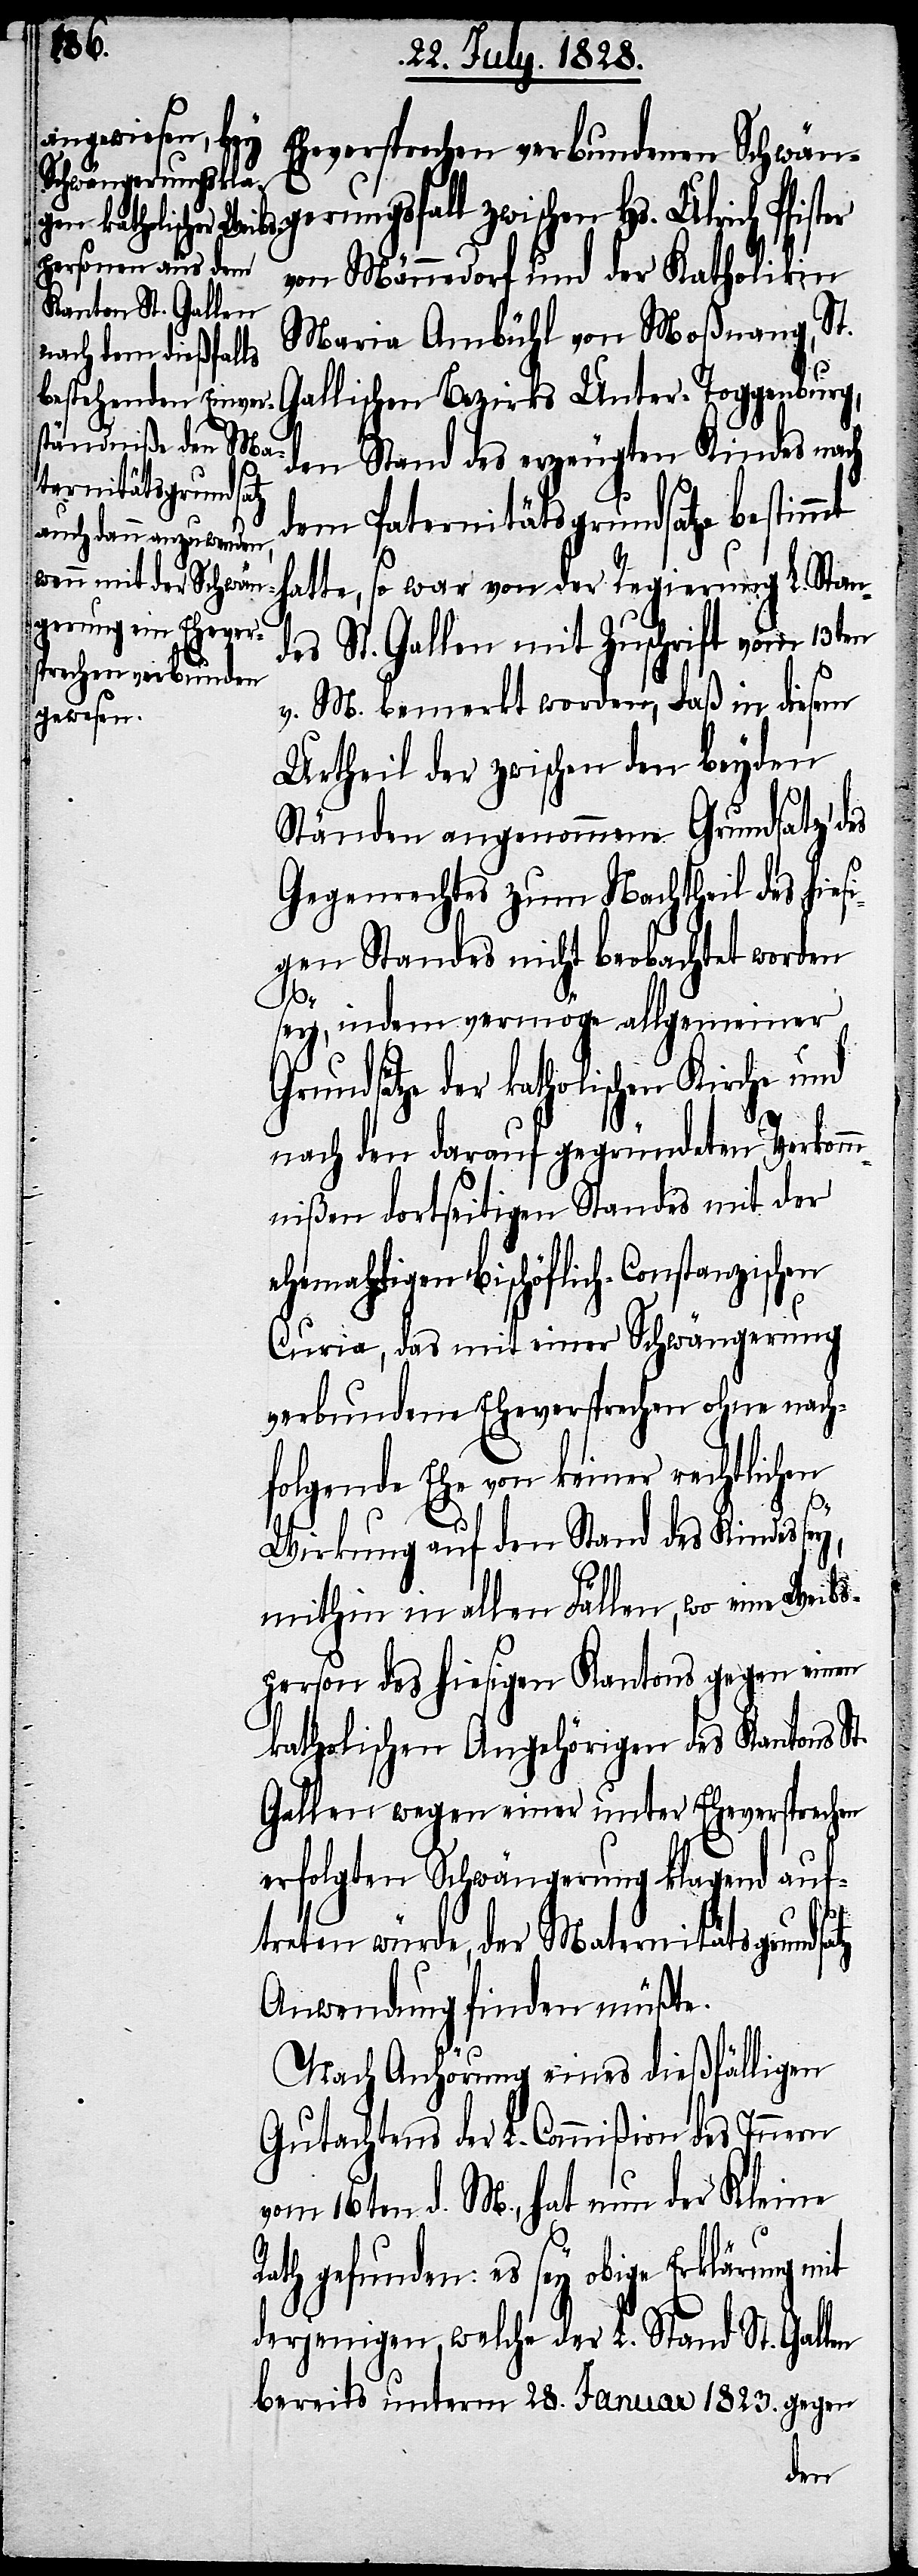
Eheversprechen verbundenen Schwän¬
gerungsfall zwischen Hs. Ulrich Pfi¬
von Männdedorf und der Katholikin
Maria Ambühl von Moßnang, St.
Gallischen Bezirks Unter-Toggenburg,
den Stand des erzeugten Kindes nach
dem Paternitätsgrundsatze bestimmt
hatte, so war von der Regierung L. Stan¬
St. Gallen mit Zuschrift vom 13ten
des
v. M. bemerkt worden, daß in diesem
Urheil der zwischen den beyden
Ständen angenommene Grundsatz des
Gegenrechtes zum Nachtheil des hies¬
igen Standes nicht beobachtet worden
R¬
sey, indem vermöge allgemeiner
rundsätze der katholischen Kirche und
nach den darauf gegründeten Verkom¬
mißen dortseitigen Standes mit der
ehemahligen bischöflich-Constanzischen
Curia, das mit einer Schwängerung
verbundene Eheversprechen ohne nach¬
folgende Ehe von keiner rechtlichen
Wirkung auf den Stand des Kindes sey,
mithin in allen Fällen, wo eine Weibs¬
person des hiesigen Kantons gegen einen
katholischen Angehörigen des Kantons St.
Gallen wegen einer unter Eheversprechen
erfolgten Schwängerung klagend auf¬
treten würde, der Maternitätsgrundsatz
Anwendung finden müßte.
Nach Anhörung eines dießfälligen
Gutachtens der L. Commißion des Innern
vom 16ten d. M., hat nun der Kleine
ath gefunden; es sey obige Erklärung
derjenigen, welche der L. Stand St. Gallen
bereits unterm 28. Januar 1823. gegen